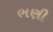
ભણી